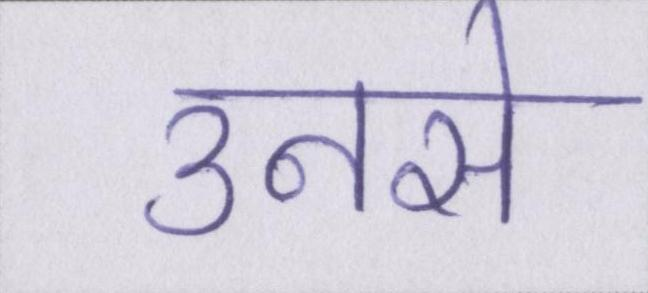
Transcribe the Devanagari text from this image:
उनसे